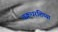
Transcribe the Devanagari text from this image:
चक्रधरशिष्या